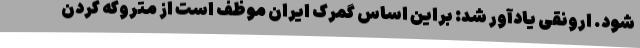
شود. ارونقی یادآور شد: براین اساس گمرک ایران موظف است از متروکه کردن